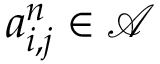
a _ { i , j } ^ { n } \in \mathcal A